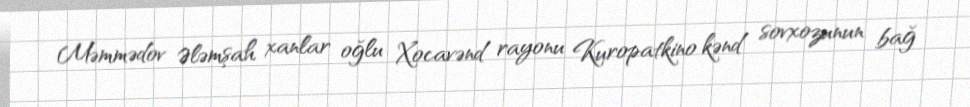
Məmmədov Ələmşah xanlar oğlu Xocavənd rayonu Kuropatkino kənd sovxozunun bağ